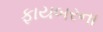
ફાયબરના